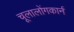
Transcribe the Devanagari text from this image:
चूलालोंगकार्न